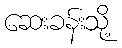
ဆေးခန်းသို့